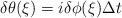
LaTeX: \begin{align*}\delta\theta(\xi)=i\delta\phi(\xi)\Delta t\end{align*}